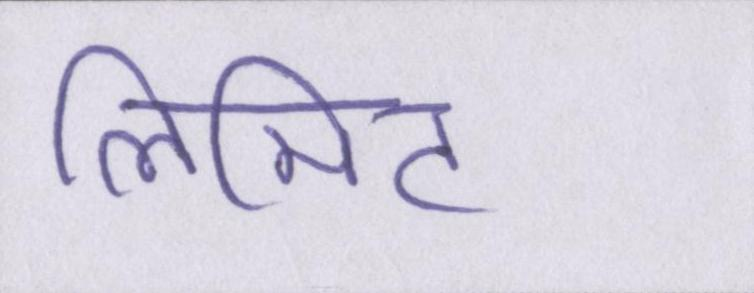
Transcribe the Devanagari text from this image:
लिमिट